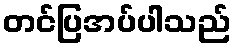
တင်ပြအပ်ပါသည်